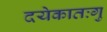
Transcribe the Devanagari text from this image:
दयेकातःगु